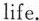
life.